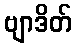
ဗျာဒိတ်